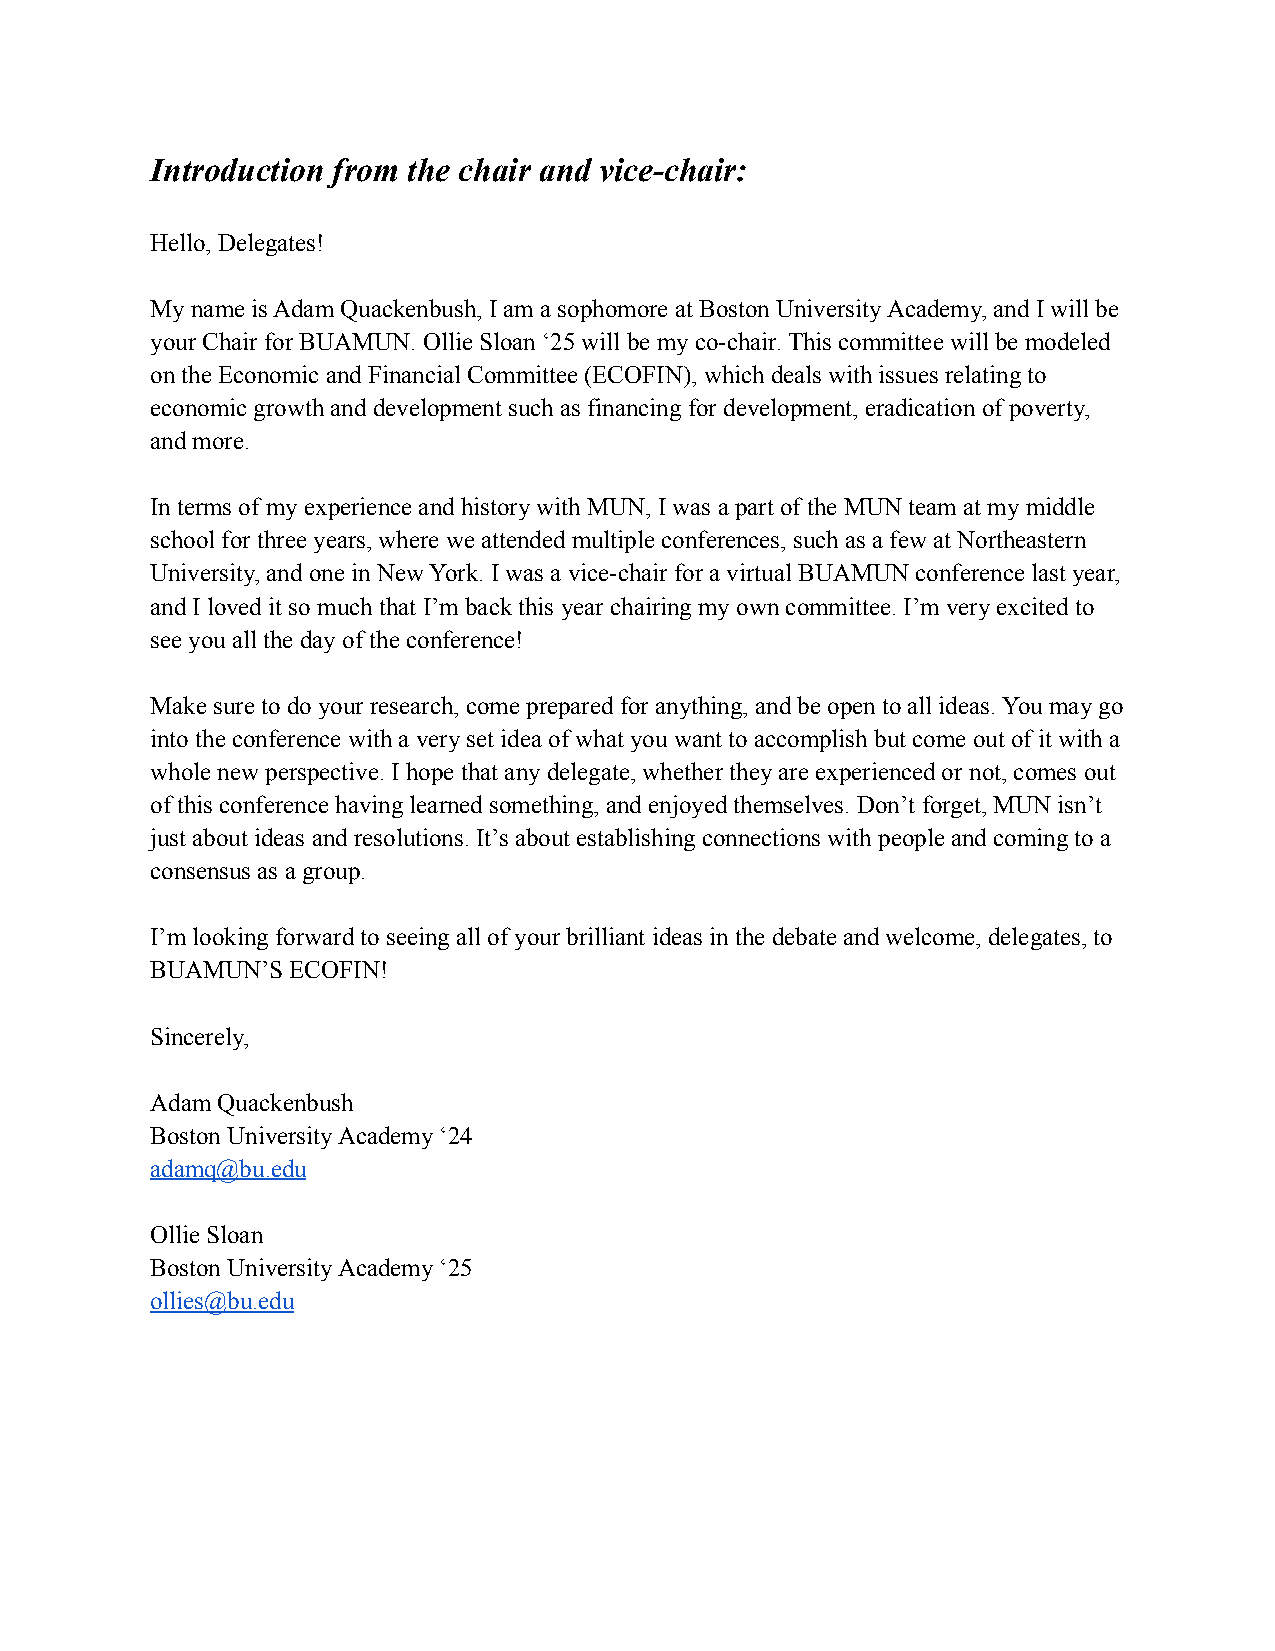
Introduction from the chair and vice-chair:
 Hello, Delegates!
 My name is Adam Quackenbush, I am a sophomore at Boston University Academy, and I will be
 your Chair for BUAMUN. Ollie Sloan ‘25 will be my co-chair. This committee will be modeled
 on the Economic and Financial Committee (ECOFIN), which deals with issues relating to
 economic growth and development such as financing for development, eradication of poverty,
 and more.
 In terms of my experience and history with MUN, I was a part of the MUN team at my middle
 school for three years, where we attended multiple conferences, such as a few at Northeastern
 University, and one in New York. I was a vice-chair for a virtual BUAMUN conference last year,
 and I loved it so much that I’m back this year chairing my own committee. I’m very excited to
 see you all the day of the conference!
 Make sure to do your research, come prepared for anything, and be open to all ideas. You may go
 into the conference with a very set idea of what you want to accomplish but come out of it with a
 whole new perspective. I hope that any delegate, whether they are experienced or not, comes out
 of this conference having learned something, and enjoyed themselves. Don’t forget, MUN isn’t
 just about ideas and resolutions. It’s about establishing connections with people and coming to a
 consensus as a group.
 I’m looking forward to seeing all of your brilliant ideas in the debate and welcome, delegates, to
 BUAMUN’S ECOFIN!
 Sincerely,
 Adam Quackenbush
 Boston University Academy ‘24
 adamq@bu.edu
 Ollie Sloan
 Boston University Academy ‘25
 ollies@bu.edu